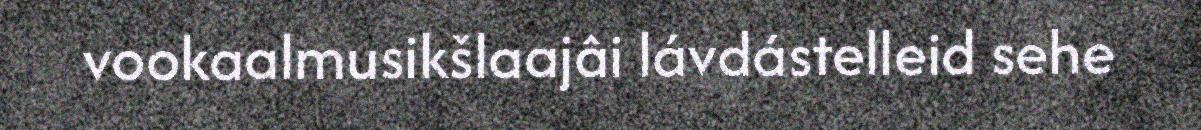
vookaalmusikšlaajâi lávdástelleid sehe